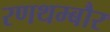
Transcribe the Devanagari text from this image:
रणथम्बौर